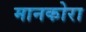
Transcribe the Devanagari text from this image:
मानकोरा